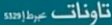
تاونات عبر 5329